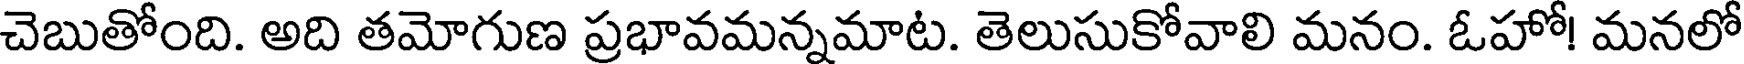
చెబుతోంది. అది తమోగుణ ప్రభావమన్నమాట. తెలుసుకోవాలి మనం. ఓహో! మనలో